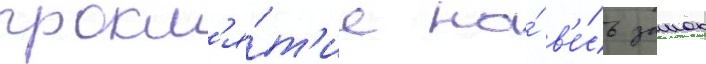
прокл'я́т'ие на́ в'е́сь замок